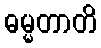
ဓမ္မတာတိ